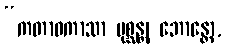
“ကတာဝကာသာ ပုစ္ဆန္တု ဘောန္တော,